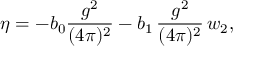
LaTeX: \eta = - b _ { 0 } \frac { g ^ { 2 } } { ( 4 \pi ) ^ { 2 } } - b _ { 1 } \, \frac { g ^ { 2 } } { ( 4 \pi ) ^ { 2 } } \, w _ { 2 } ,